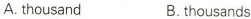
A. thousand B. thousands